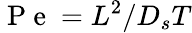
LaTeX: \mathrm{~P~e~}=L^{2}/D_{s}T